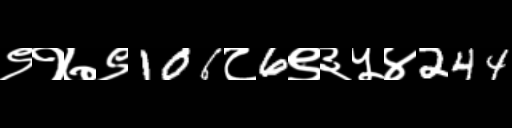
Text: ९१७९106८6९३५४244